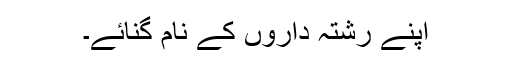
اپنے رشتہ داروں کے نام گنائے۔